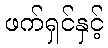
ဖက်ရှင်နှင့်